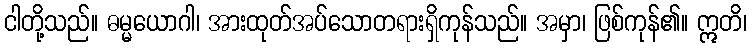
ငါတို့သည်။ ဓမ္မယောဂါ၊ အားထုတ်အပ်သောတရားရှိကုန်သည်။ အမှာ၊ ဖြစ်ကုန်၏။ ဣတိ၊